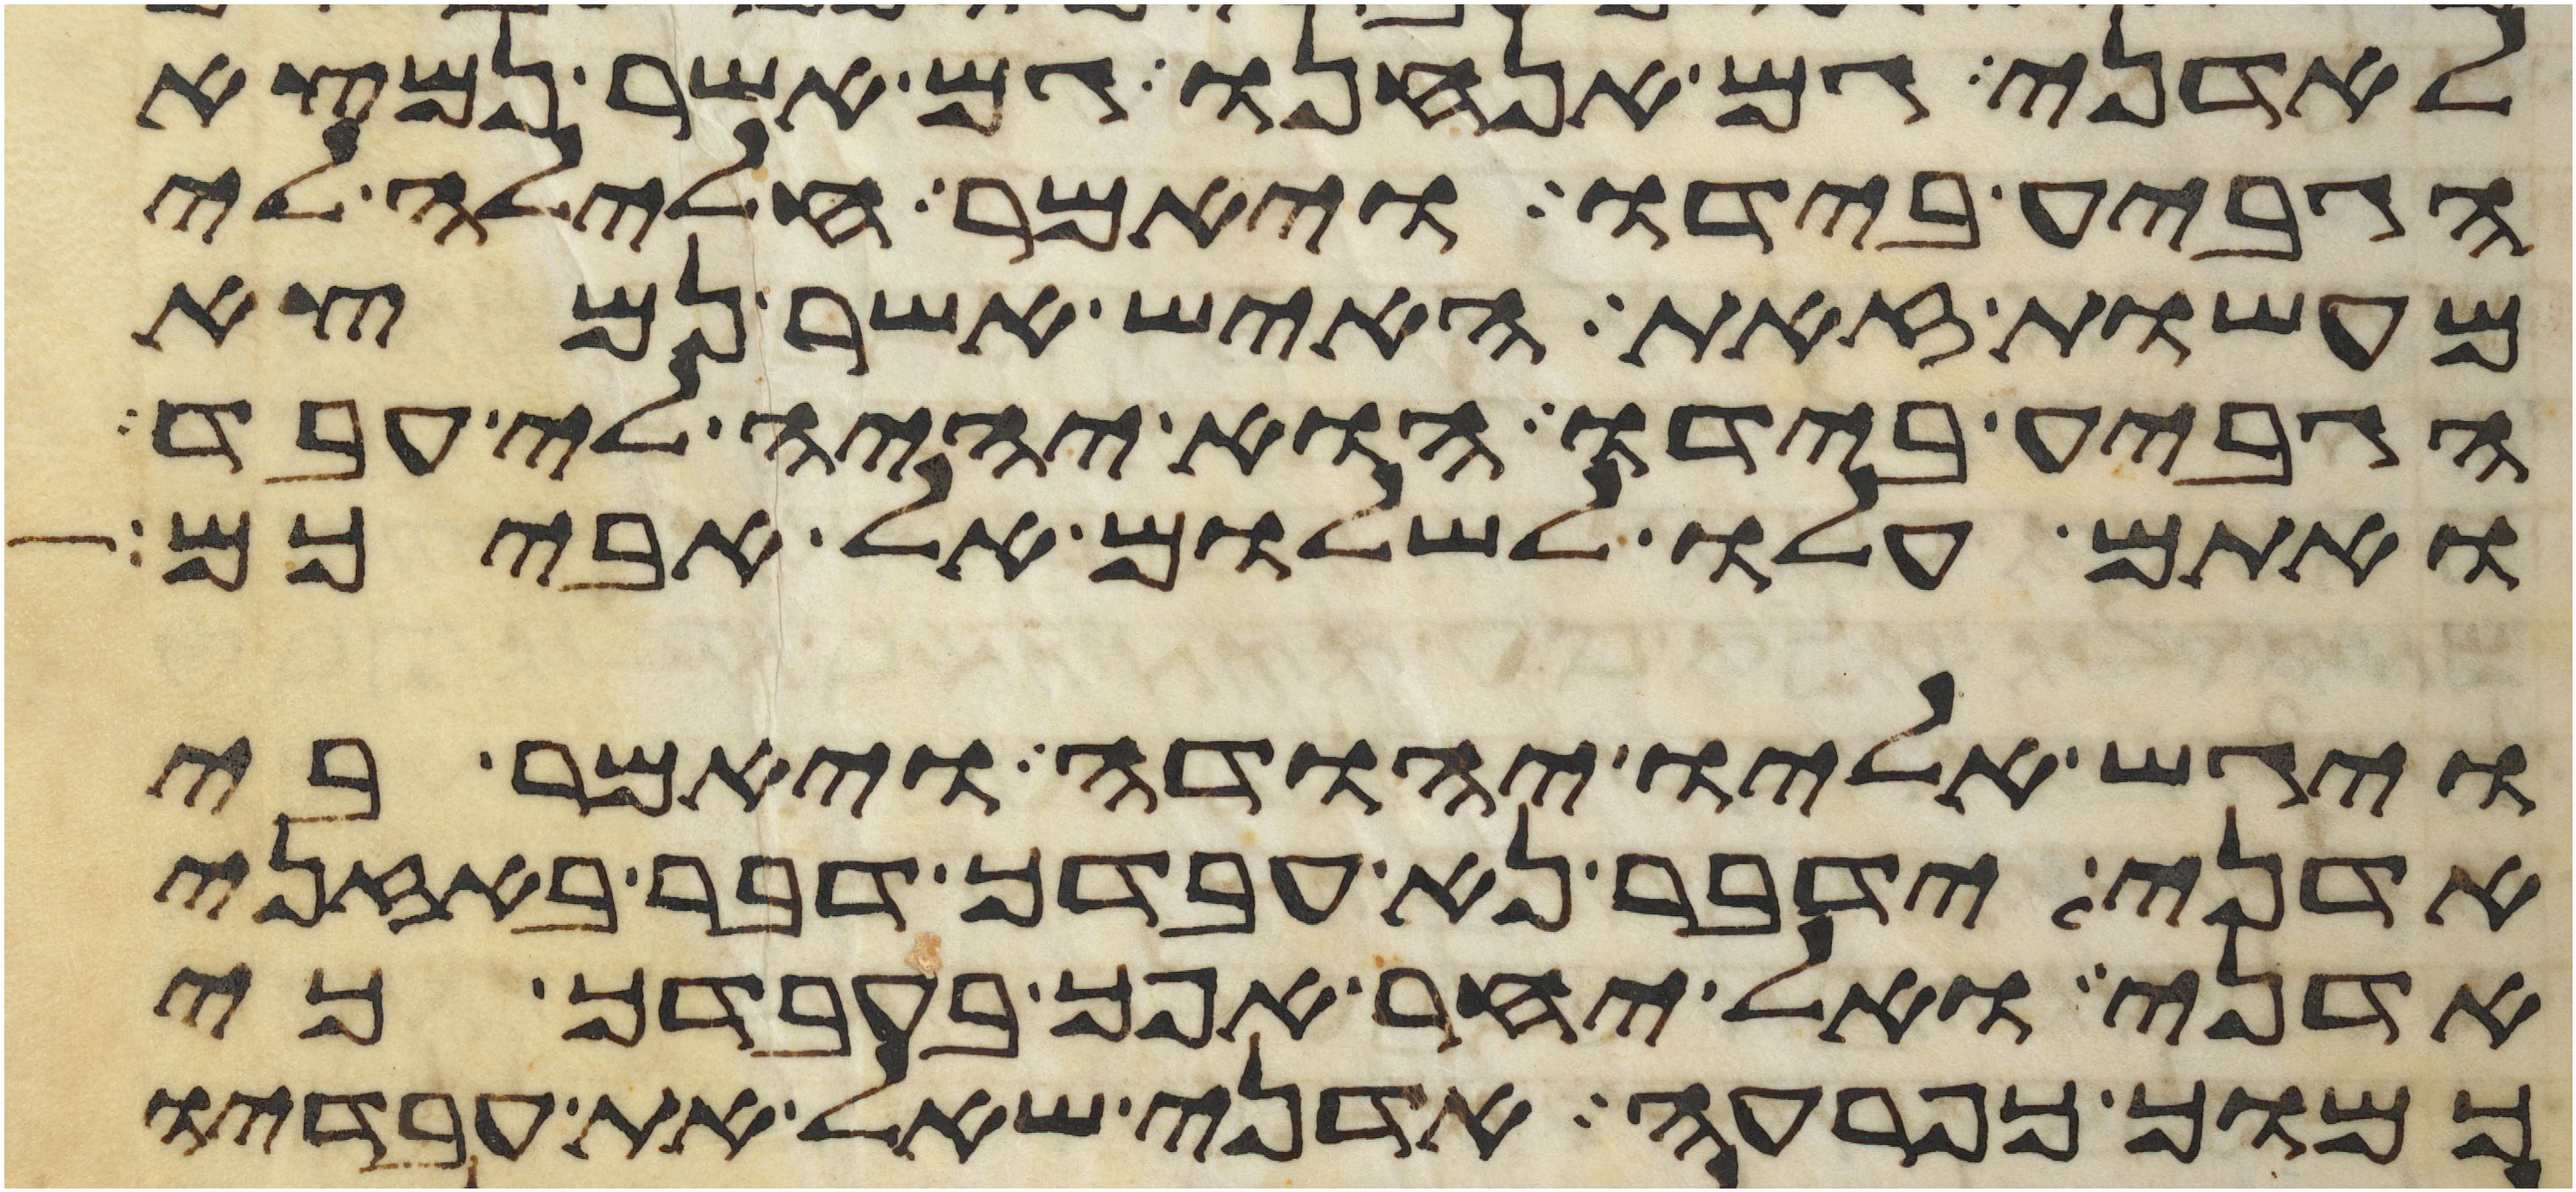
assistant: לאדני גם אנחנו גם אשר נמצא
הגביע בידו ויאמר חלילה לי
מעשות זאת האיש אשר נמצא
הגביע בידו הוא יהיה לי עבד
ואתם עלו לשלום אל אביכם
ויגש אליו יהודה ויאמר בי
אדני ידבר נא עבדך דבר באזני
אדני ואל יחר אפך בעבדך כי
כמוך כפרעה אדני שאל את עבדיו